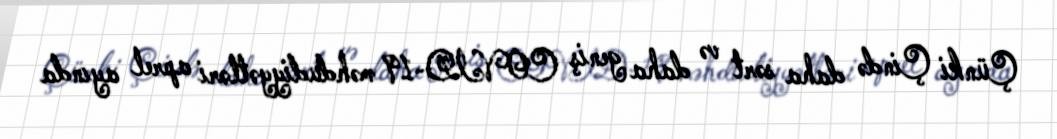
Çünki Çində daha sərt və daha geniş COVID-19 məhdudiyyətləri aprel ayında